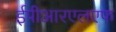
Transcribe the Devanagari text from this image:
ईपीआरएलएफ